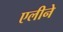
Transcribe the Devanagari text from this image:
एलीने